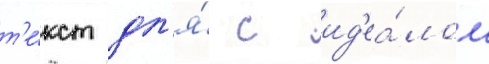
т'е́кст дл'я́ с ид'еа́лом